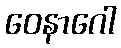
ဝေနာဂေါ